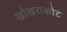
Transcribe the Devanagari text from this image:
खोखराकोट